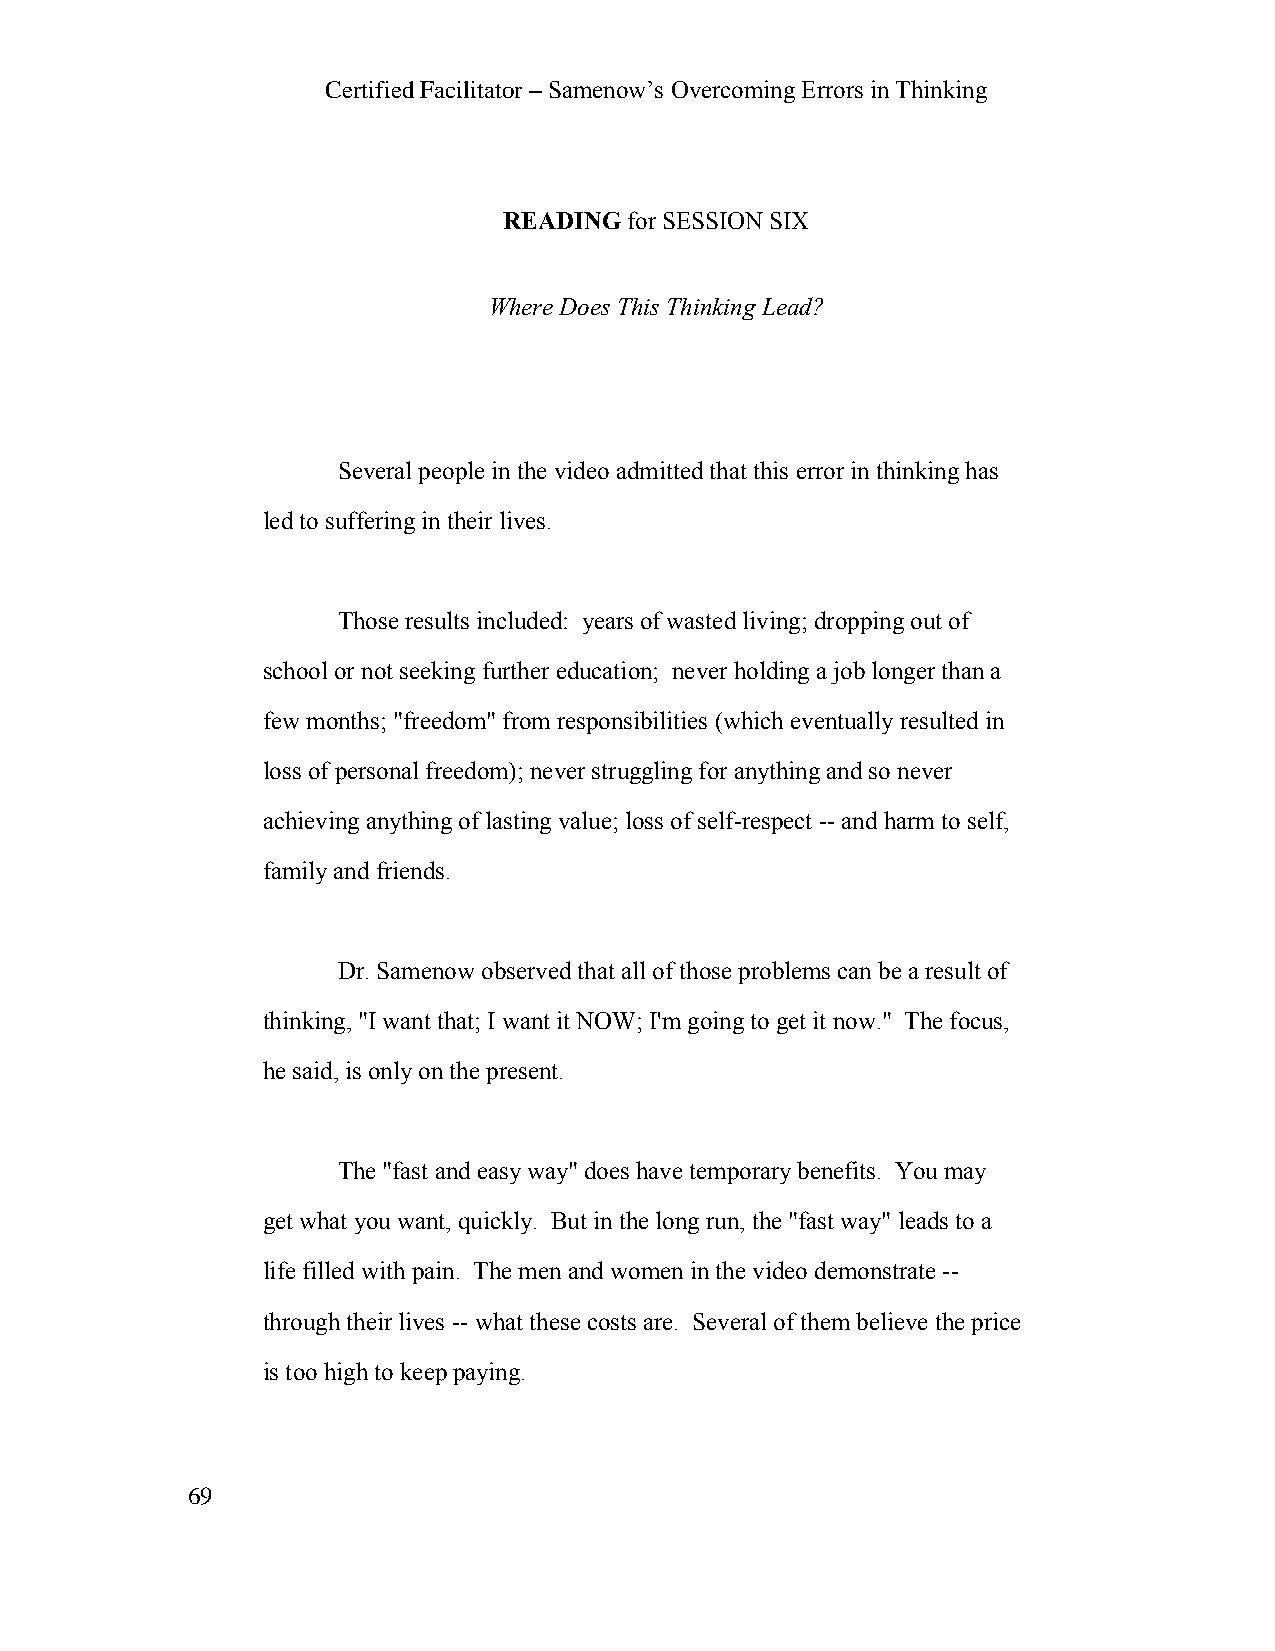
Certified Facilitator – Samenow’s Overcoming Errors in Thinking
 READING  for SESSION SIX
 Where Does This Thinking Lead?
 Several people in the video admitted that this error in thinking has
 led to suffering in their lives.
 Those results included: years of wasted living; dropping out of
 school or not seeking further education; never holding a job longer than a
 few months; "freedom" from responsibilities (which eventually resulted in
 loss of personal freedom); never struggling for anything and so never
 achieving anything of lasting value; loss of self-respect -- and harm to self,
 family and friends.
 Dr. Samenow observed that all of those problems can be a result of
 thinking, "I want that; I want it NOW; I'm going to get it now." The focus,
 he said, is only on the present.
 The "fast and easy way" does have temporary benefits. You may
 get what you want, quickly. But in the long run, the "fast way" leads to a
 life filled with pain. The men and women in the video demonstrate --
 through their lives -- what these costs are. Several of them believe the price
 is too high to keep paying.
 69